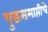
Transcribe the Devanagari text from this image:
युद्धसमाप्तीचे